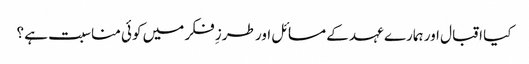
کیا اقبال اور ہمارے عہد کے مسائل اور طرزِ فکر میں کوئی مناسبت ہے ؟